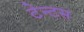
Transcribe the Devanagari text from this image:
टेन्टस